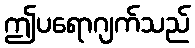
ဤပရောဂျက်သည်